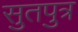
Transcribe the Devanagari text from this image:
सुतपुत्र